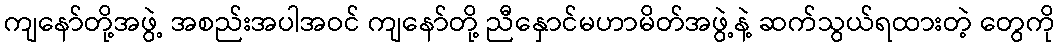
ကျနော်တို့အဖွဲ့ အစည်းအပါအဝင် ကျနော်တို့ ညီနှောင်မဟာမိတ်အဖွဲ့နဲ့ ဆက်သွယ်ရထားတဲ့ တွေကို